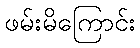
ဖမ်းမိကြောင်း